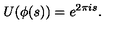
U ( \phi ( s ) ) = e ^ { 2 \pi i s } .